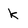
Character: k